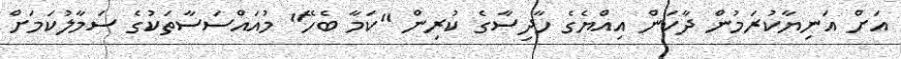
އަށް އަނިޔާކުރަމުން ދާކަން އިއްޔެގެ ހާދިސާގެ ކުރިން "ކަމާ ބެހޭ" މުއައްސަސާތަކުގެ ސަމާލުކަމަށް